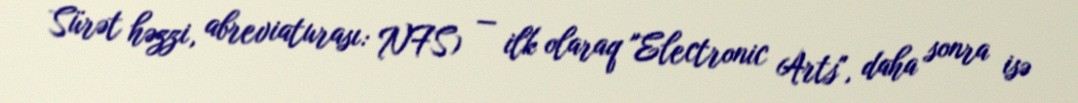
Sürət həzzi, abreviaturası: NFS) — ilk olaraq "Electronic Arts", daha sonra isə